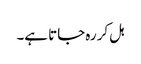
ہل کر رہ جاتا ہے۔